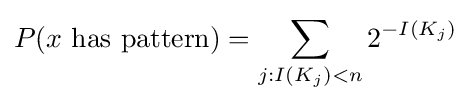
P(x{\text{ has pattern}})=\sum _{j:I(K_{j})<n}2^{-I(K_{j})}